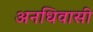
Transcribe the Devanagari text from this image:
अनधिवासी